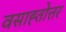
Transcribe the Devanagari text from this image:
वसाह्तोत्तर